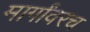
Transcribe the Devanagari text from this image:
मार्गांवरच